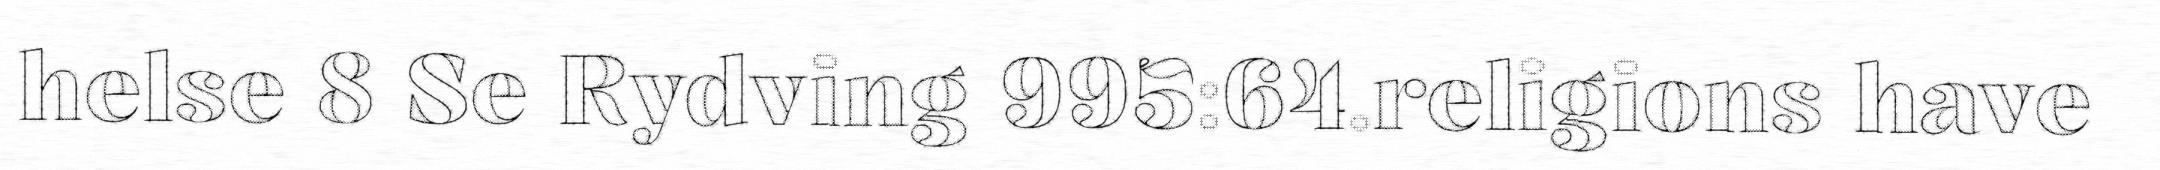
helse 8 Se Rydving 995:64.religions have